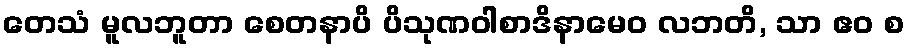
တေသံ မူလဘူတာ စေတနာပိ ပိသုဏဝါစာဒိနာမေဝ လဘတိ, သာ ဧဝ စ